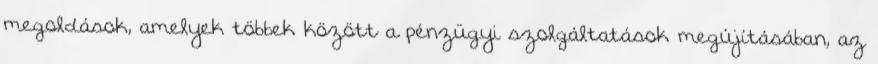
megoldások, amelyek többek között a pénzügyi szolgáltatások megújításában, az